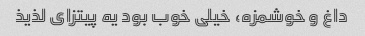
داغ و خوشمزه، خیلی خوب بود یه پیتزای لذیذ